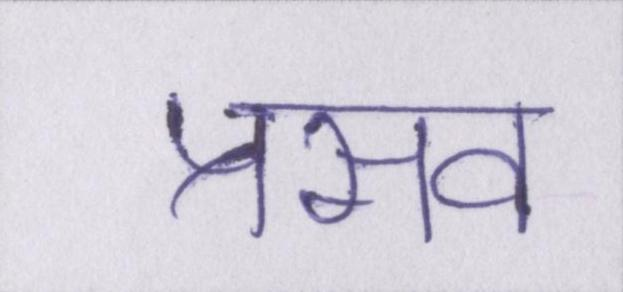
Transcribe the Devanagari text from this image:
प्रसव